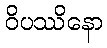
ဝိပဿိနော